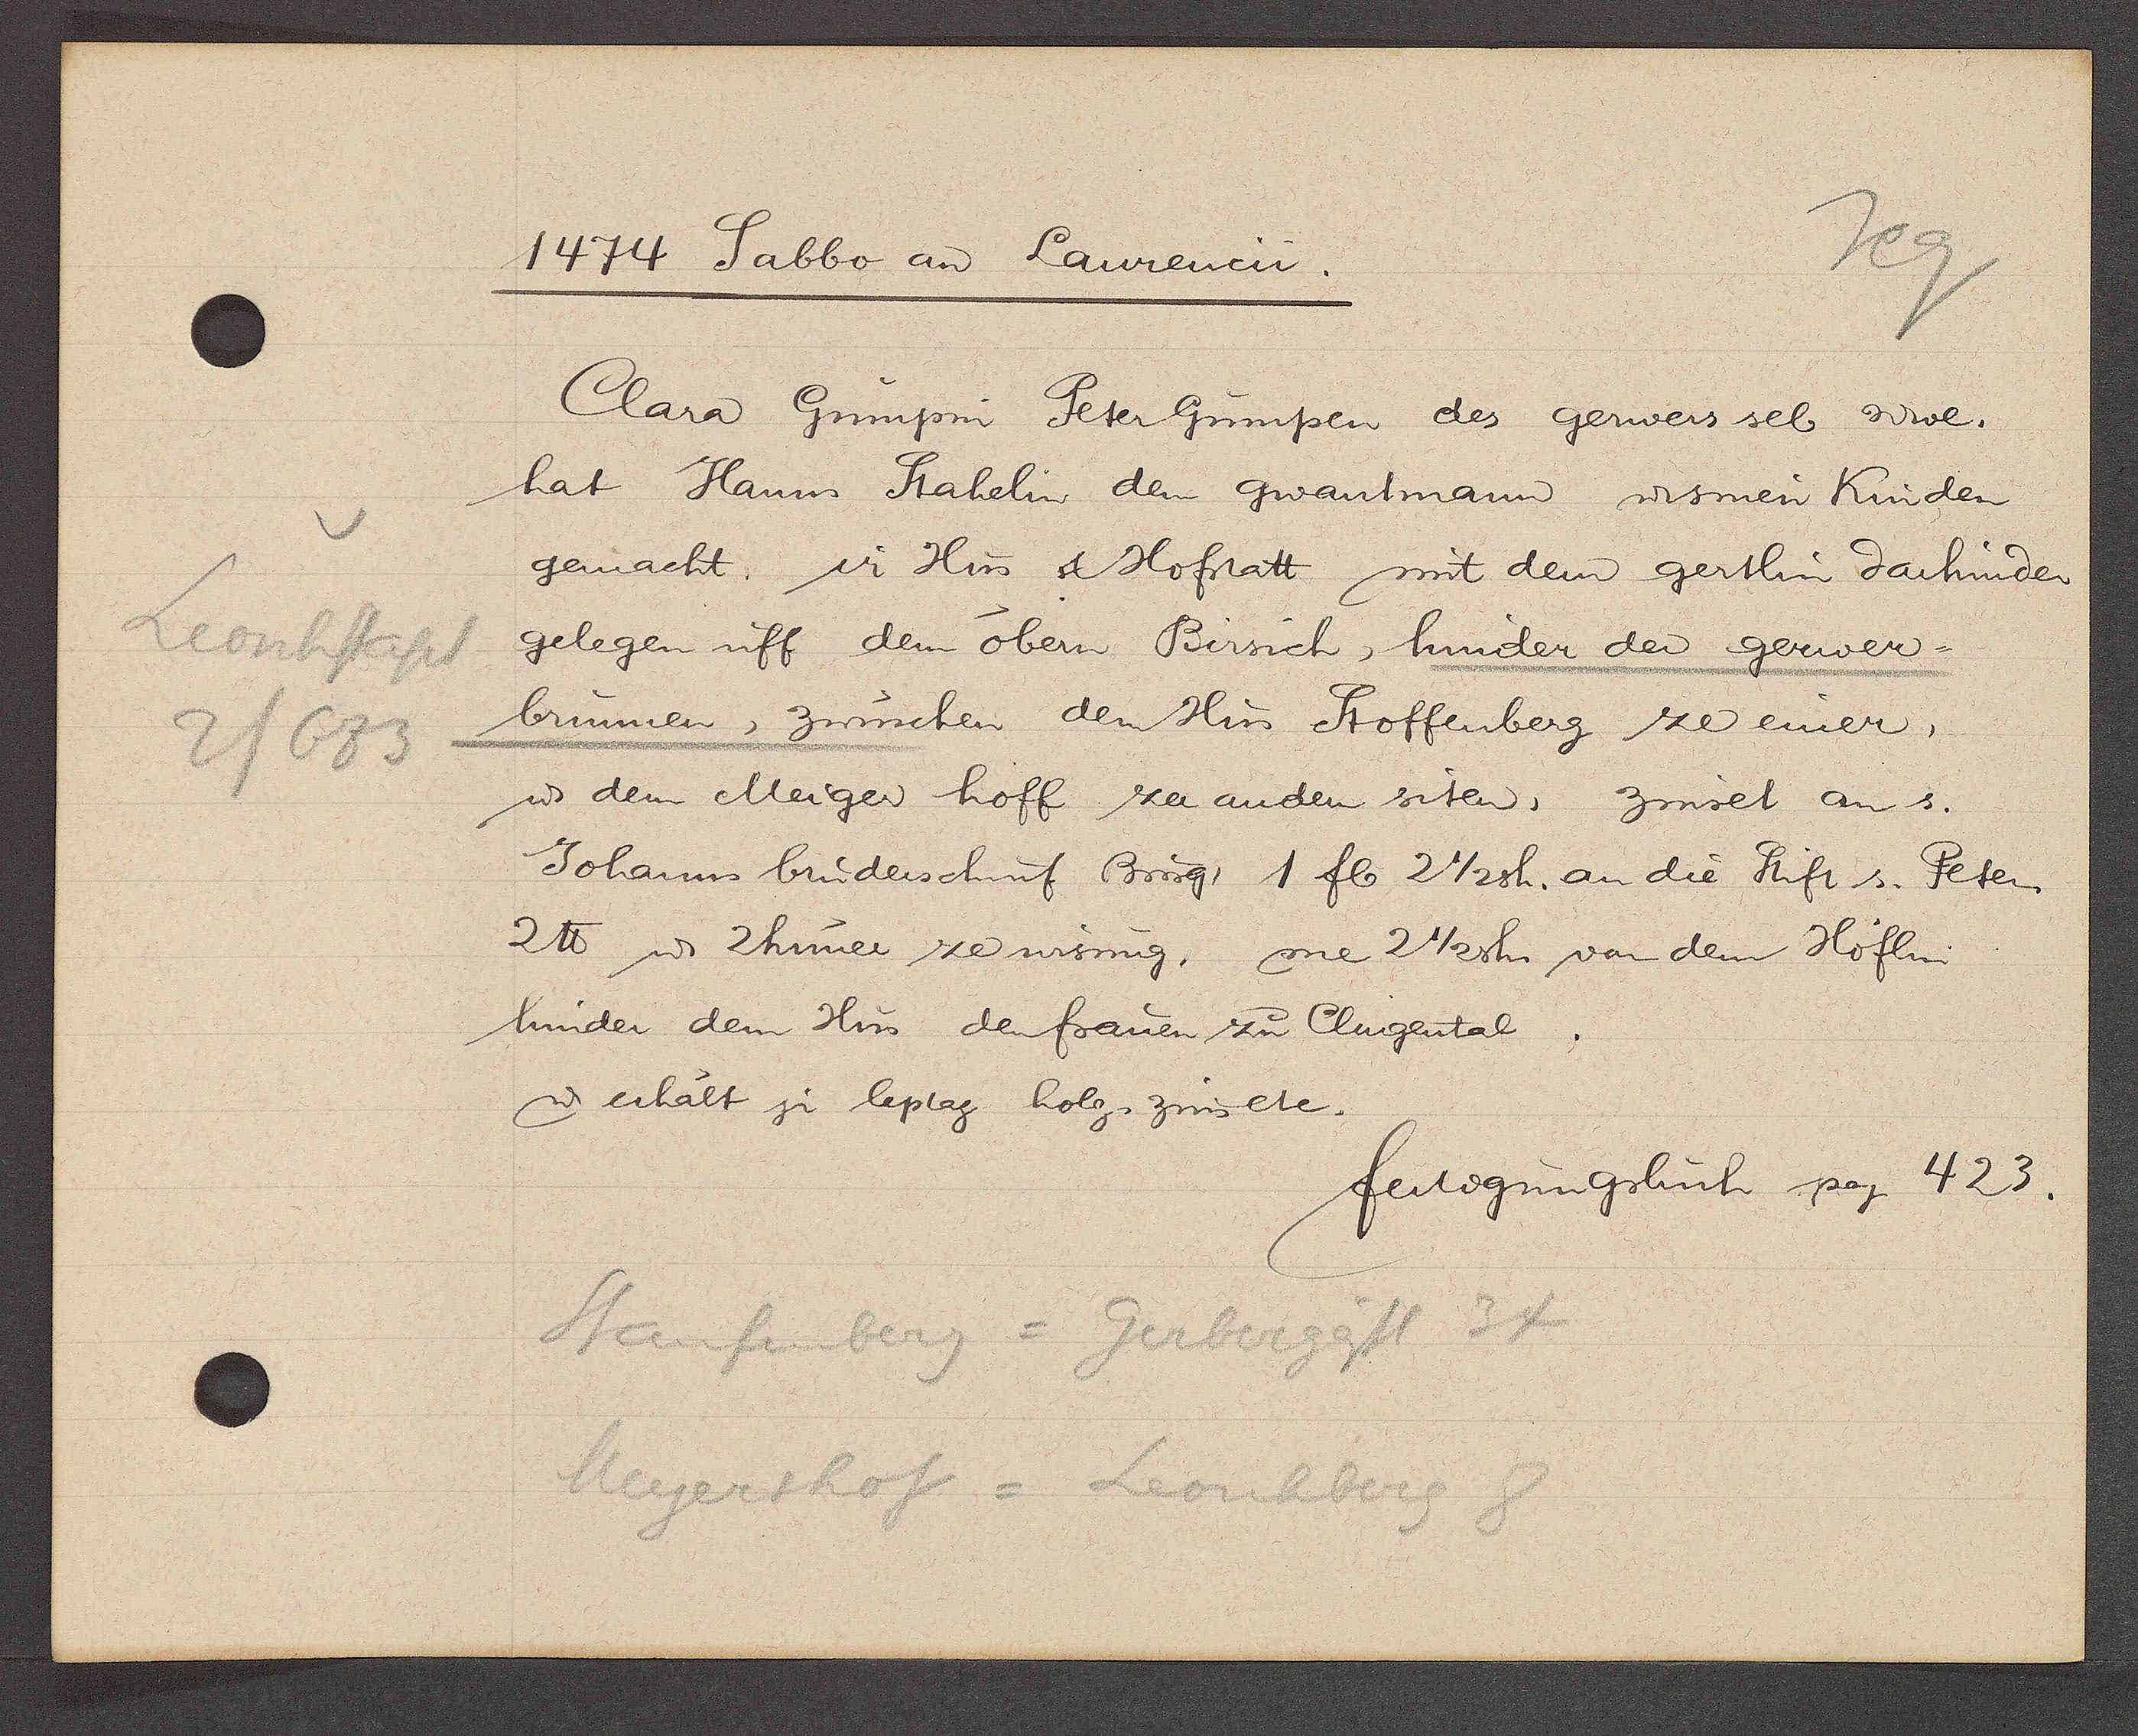
Transcript:
Leonhstapf
2/683

1474 Sabbo an Laurencii.

Clara Gumpin Peter Gumper des gerwers sel Wwe.
hat Hanns Stahelin dem gwantmann u sinen Kinden
gemacht, ir Hus & Hofstatt mit dem gertlin darhinder
gelegen uff dem obern Birsich, hinder der gerwer¬
brunnen, zwuschen dem Hus Stoffenberg ze einer,
ư dem Meiger hoff zer andern siten, zinset an s.
Johanns brudersch uf Burg. 1 fl 2 1/2 sh. an die Stift s. Peter
2 ℔ u. huner ze wisung, me 2 1/2sh. von dem Höflin
hinder dem Hus der frauen zu Clingental.
u. erhält si leplag holz, zinsete,

Staufenberg = Gerbergässl 34
Meyershof= Leonhberg 8

fertigungsbuch pag. 423.